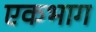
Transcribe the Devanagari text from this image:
एकभाग